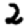
Digit: 2